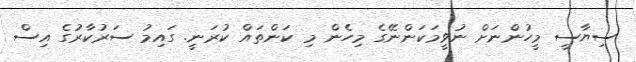
ސިޔާސީ މީހުންނަށް ނުވީމަކަންނޭގެ މިހެން މި ކަންތައް ކުރަނީ. ގައިމު ސަރުކާރުގެ އިސް